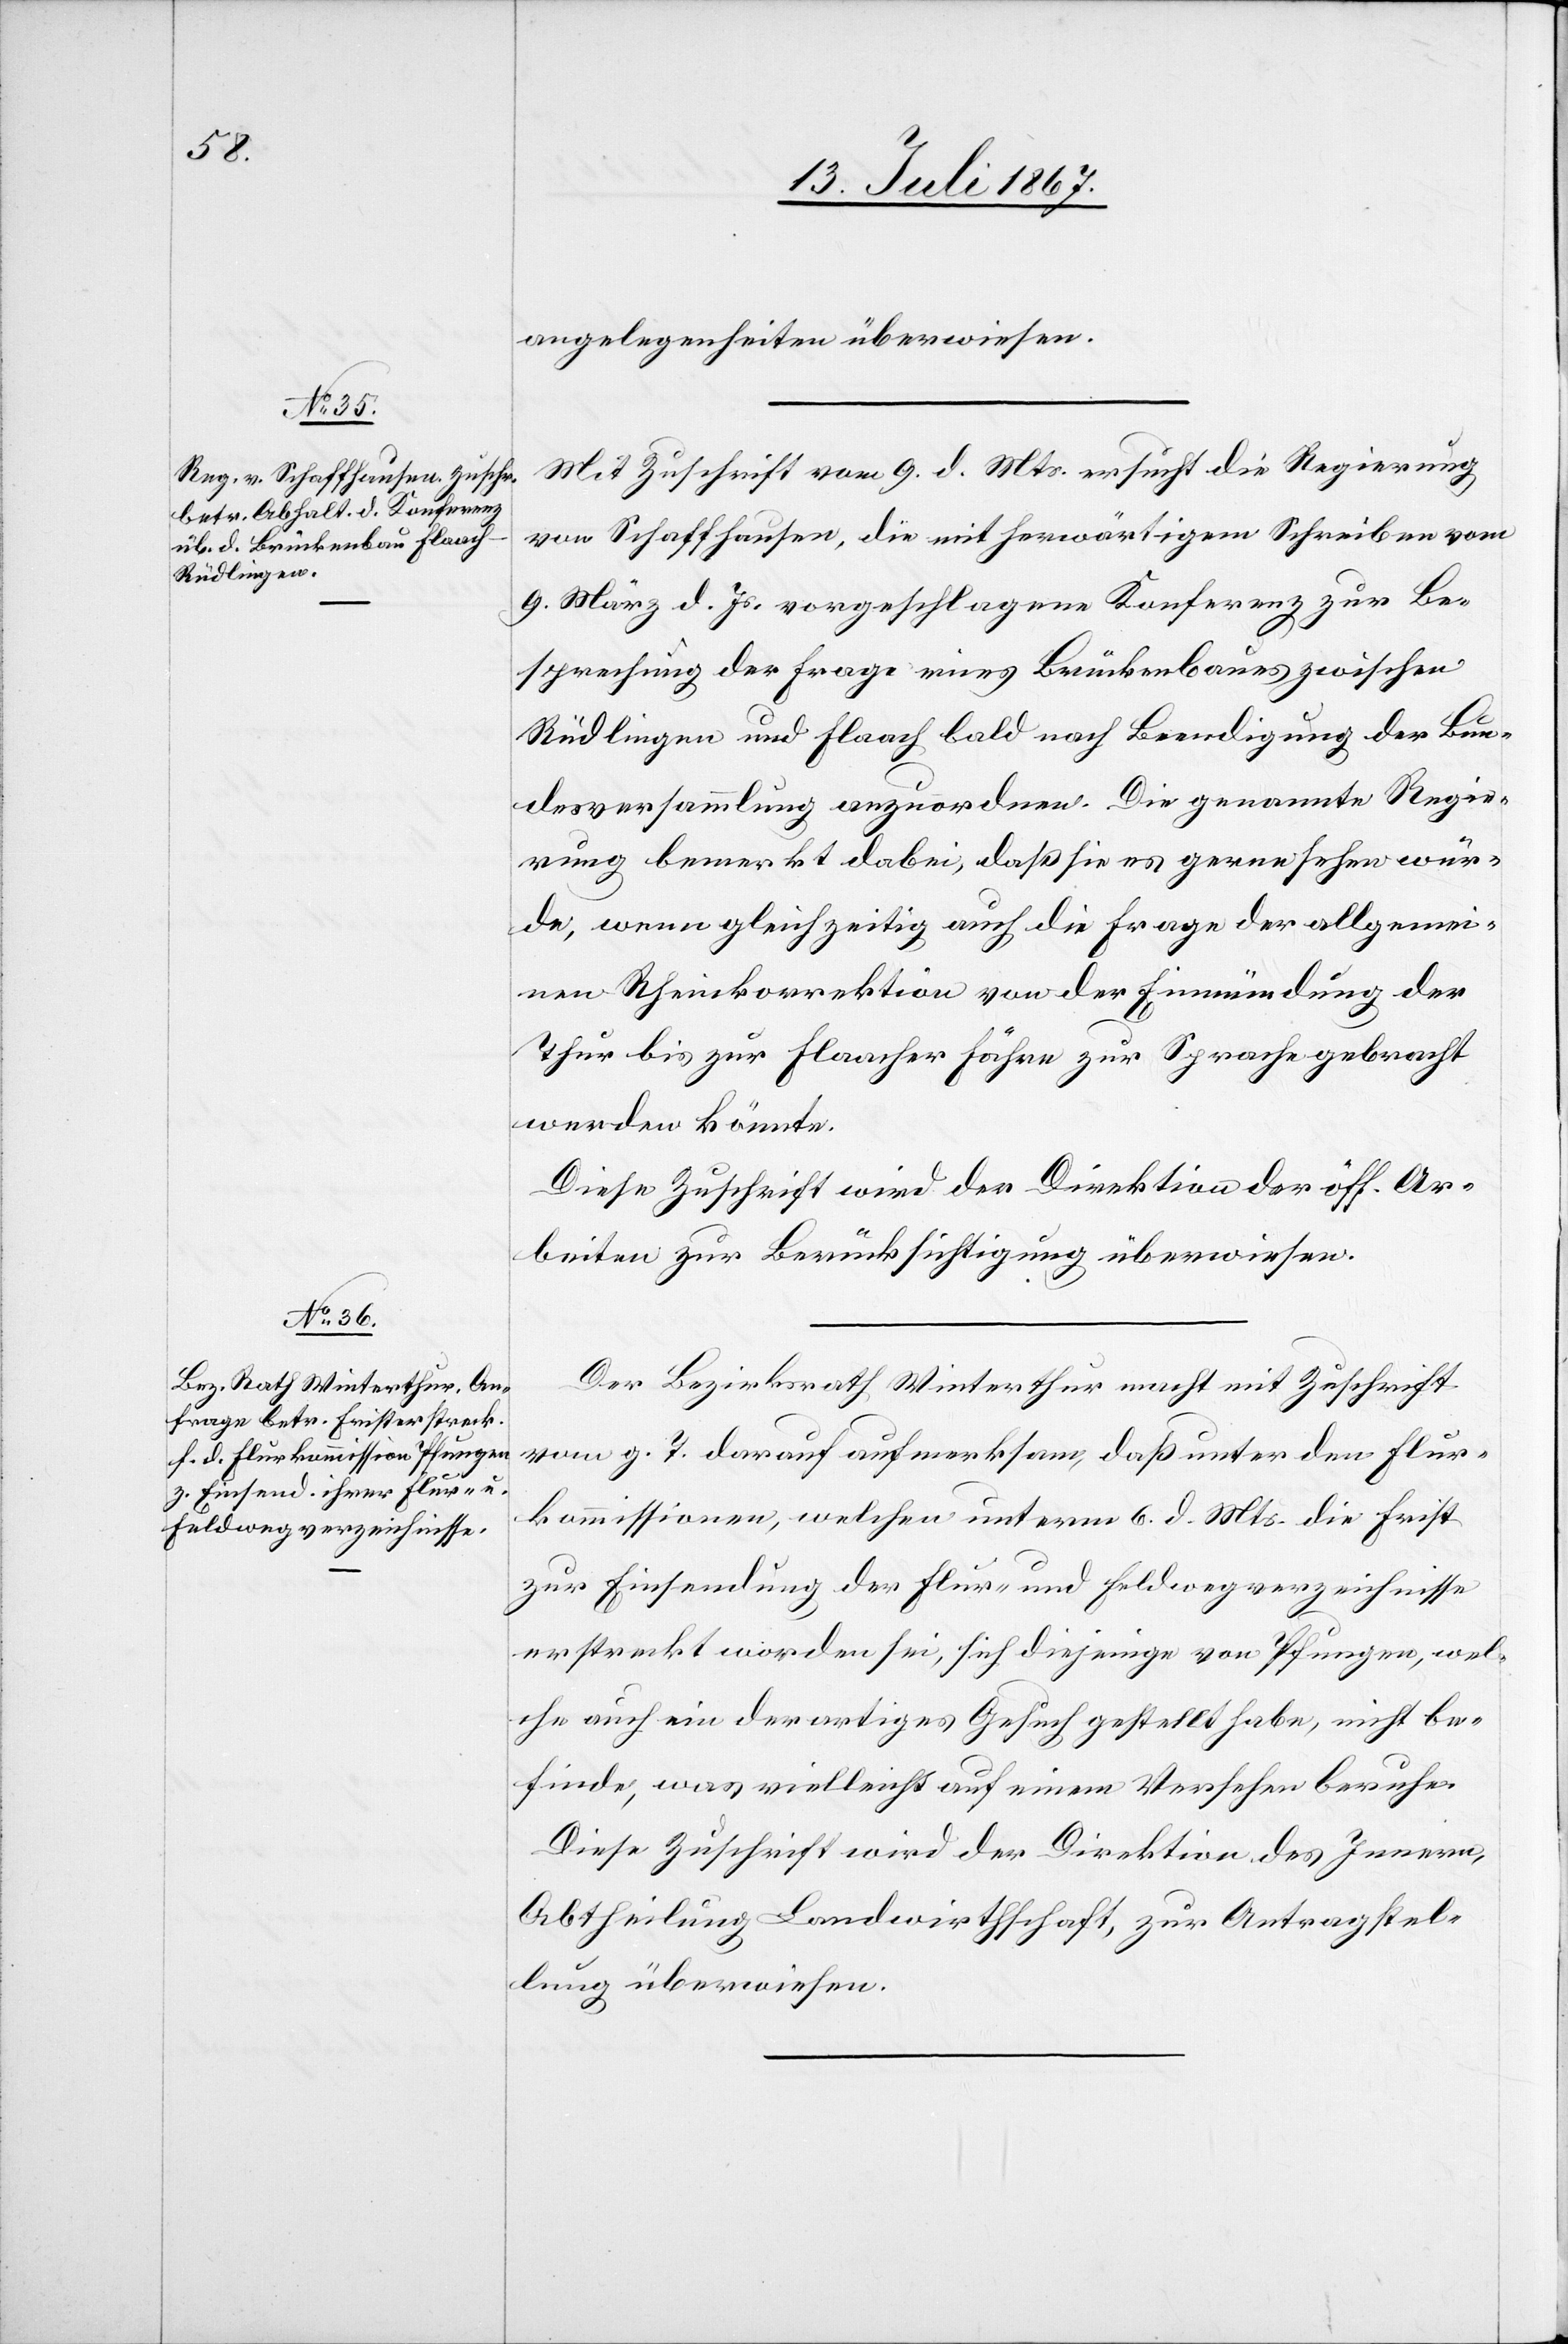
13. Juli 1867.]
angelegenheiten überwiesen.
Mit Zuschrift vom 9. d. Mts. ersucht die Regierung
von Schaffhausen, die mit herwärtigem Schreiben vom
9. März d. Js vorgeschlagene Konferenz zur Be¬
sprechung der Frage eines Brückenbaues zwischen
Rüdlingen und Flaach bald nach Beendigung der Bun¬
desversammlung anzuordnen. Die genannte Regie¬
rung bemerkt dabei, daß sie es gern sehen wür¬
de, wenn gleichzeitig auch die Frage der allgemei¬
nen Rheinkorrektion von der Einmündung der
Thur bis zur Flaacher Fähre zur Sprache gebracht
werden könnte.
Diese Zuschrift wird der Direktion der öff. Ar¬
beiten zur Berücksichtigung überwiesen.
Der Bezirksrath Winterthur macht mit Zuschrift
vom g. T. darauf aufmerksam, daß unter den Flur¬
kommissionen, welchen unterm 6. d. Mts. die Frist
zur Einsendung der Flur- und Feldwegverzeichnisse
erstreckt worden sei, sich diejenige von Pfungen, wel¬
che auch ein derartiges Gesuch gestellt habe, nicht be¬
finde, was vielleicht auf einem Versehen beruhe.
Diese Zuschrift wird der Direktion des Innern,
Abtheilung Landwirthschaft, zur Antragstel¬
lung überwiesen.